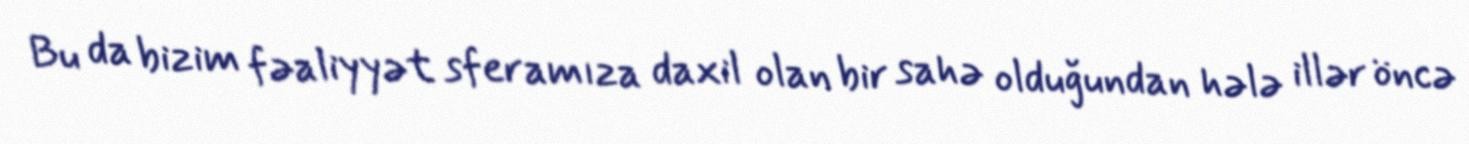
Bu da bizim fəaliyyət sferamıza daxil olan bir sahə olduğundan hələ illər öncə